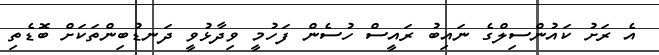
އެ ރަށު ކައުންސިލްގެ ނައިބު ރައީސް ހުސެން ފަހުމީ ވިދާޅުވީ ދަނޑުބިންތަކަށް ބޮޑެތި